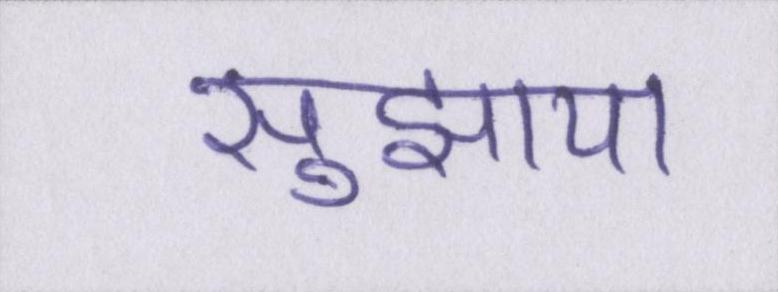
सुझाया